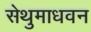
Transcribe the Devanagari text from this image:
सेथुमाधवन